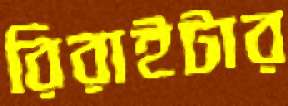
রিরাইটার